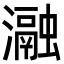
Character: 瀜